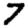
Digit: 7